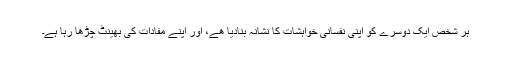
ہر شخص ایک دوسرے کو اپنی نفسانی خواہشات کا نشانہ بنادیا هے، اور اپنے مفادات کی بھینٹ چڑھا رہا ہے۔